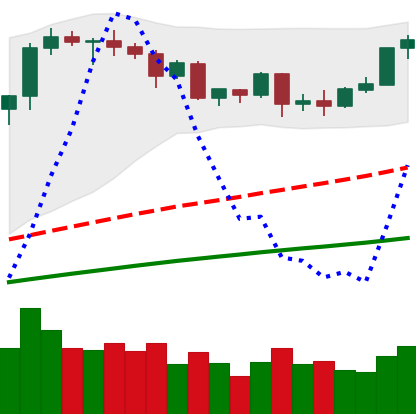
Ticker: ETH-USD
Chart end date: 2020-08-31
Forward return: -22.943%
Label: down_7plus